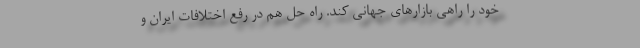
خود را راهی بازارهای جهانی کند. راه حل هم در رفع اختلافات ایران و